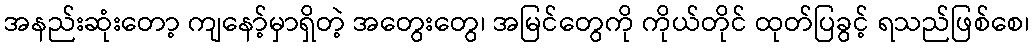
အနည်းဆုံးတော့ ကျနော့်မှာရှိတဲ့ အတွေးတွေ၊ အမြင်တွေကို ကိုယ်တိုင် ထုတ်ပြခွင့် ရသည်ဖြစ်စေ၊